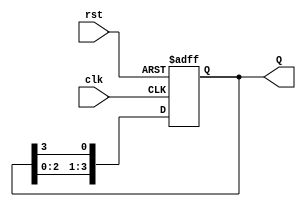
module ring_counter (
    input wire clk,      // Clock input
    input wire rst,      // Asynchronous reset input
    output reg [3:0] Q   // 4-bit output representing the current state
);

// Asynchronous reset: when rst is high, set Q to 4'b0001 (State 0)
always @(posedge clk or posedge rst) begin
    if (rst) begin
        Q <= 4'b0001;  // Initialize to State 0
    end
    else begin
        // Shift the '1' bit to the left (circularly)
        Q <= {Q[2:0], Q[3]}; // Move the most-significant bit to the least-significant bit position
    end
end

endmodule